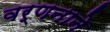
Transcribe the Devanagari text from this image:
वर्णनाने